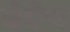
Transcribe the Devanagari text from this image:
येमेण